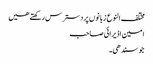
مختلف النوع زبانوں پر دسترس رکھتے ھیں
امین اڈیرائی صاحب
جو سندھی۔